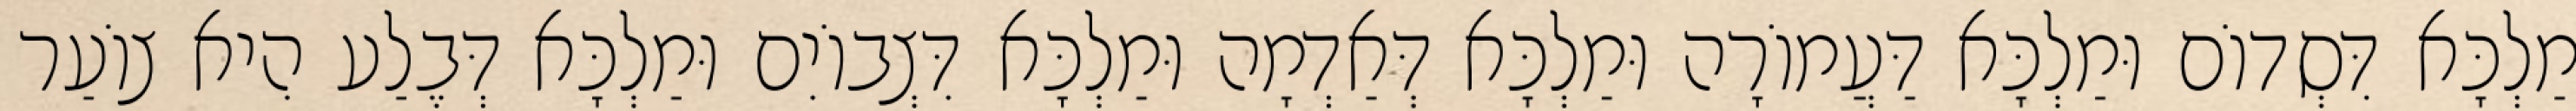
מַלְכָּא דִּסְדוֹם וּמַלְכָּא דַּעֲמוֹרָה וּמַלְכָּא דְּאַדְמָה וּמַלְכָּא דִּצְבוֹיִם וּמַלְכָּא דְּבֶלַע הִיא צוֹעַר